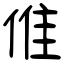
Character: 倠